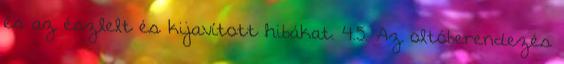
és az észlelt és kijavított hibákat. 4.5. Az oltóberendezés